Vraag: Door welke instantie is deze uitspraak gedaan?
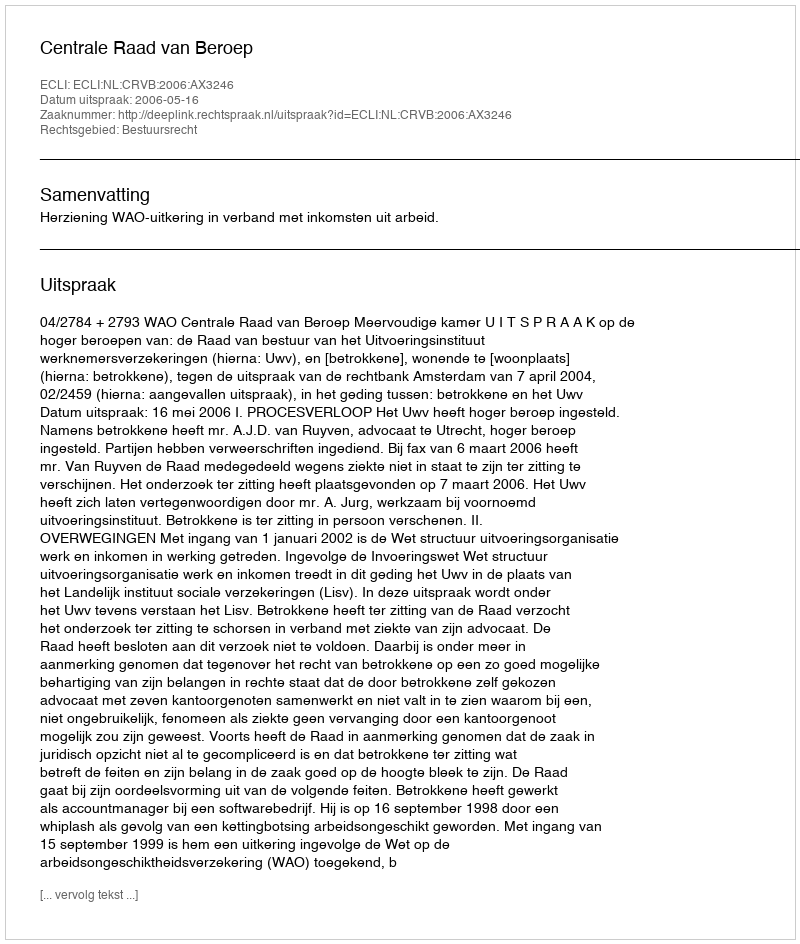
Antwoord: Centrale Raad van Beroep